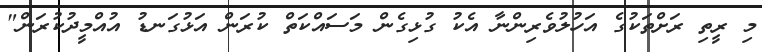
މި ރީތި ރަށްތަކުގެ އަހުލުވެރިންނާ އެކު ގުޅިގެން މަސައްކަތް ކުރަން އަޅުގަނޑު އުއްމީދުކުރަން"